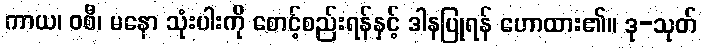
ကာယ၊ ဝစီ၊ မနော သုံးပါးကို စောင့်စည်းရန်နှင့် ဒါနပြုရန် ဟောထား၏။ ဒု-သုတ်